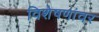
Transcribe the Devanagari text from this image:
विशेषणांवर